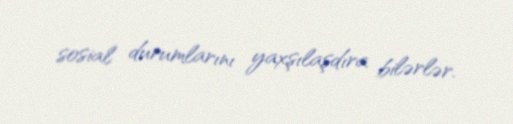
sosial durumlarını yaxşılaşdıra bilərlər.